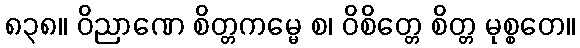
၈၃၈။ ဝိညာဏေ စိတ္တကမ္မေ စ၊ ဝိစိတ္တေ စိတ္တ မုစ္စတေ။